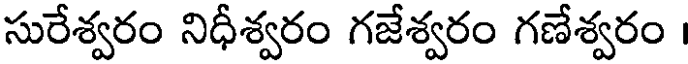
సురేశ్వరం నిధీశ్వరం గజేశ్వరం గణేశ్వరం